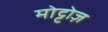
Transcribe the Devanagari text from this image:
मोट्टोज़